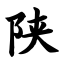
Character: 陕